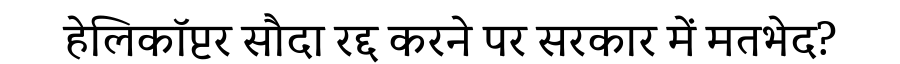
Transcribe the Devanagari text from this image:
हेलिकॉप्टर सौदा रद्द करने पर सरकार में मतभेद?